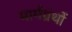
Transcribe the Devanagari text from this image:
मार्मग्रंथों